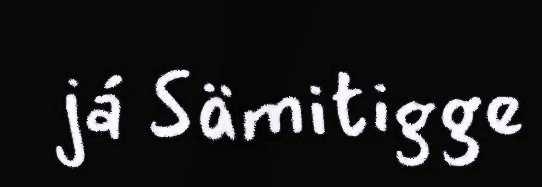
já Sämitigge